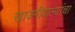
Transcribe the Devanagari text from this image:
खाजगीवाल्यांचा